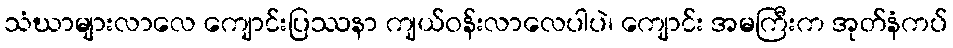
သံဃာများလာလေ ကျောင်းပြဿနာ ကျယ်ဝန်းလာလေပါပဲ၊ ကျောင်း အမကြီးက အုတ်နံကပ်